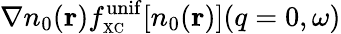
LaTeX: \nabla n_{0}({\mathbf r})f_{\scriptscriptstyle\mathrm{XC}}^{\mathrm{unif}}[n_{0}({\mathbf r})](q=0,\omega)